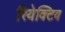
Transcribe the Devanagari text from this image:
रियेक्टिव